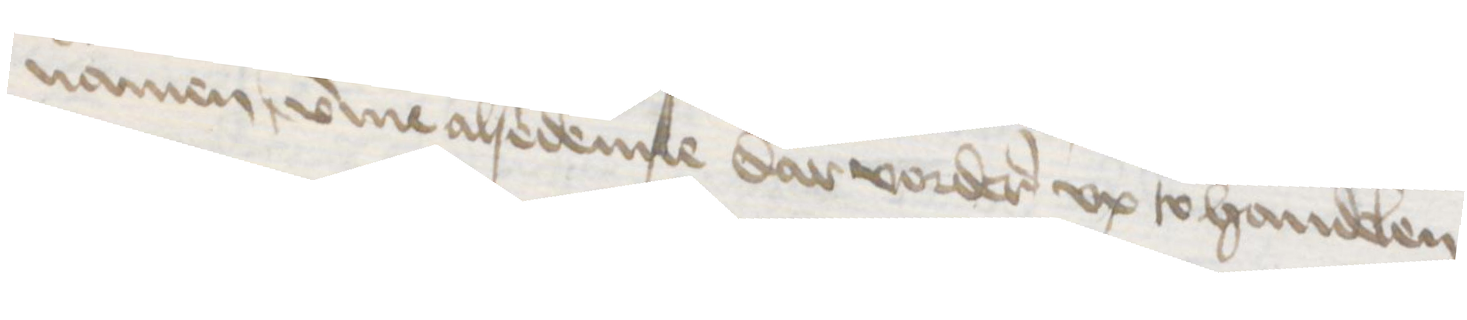
namen umme alsedenne dar vorderes vp to handelen